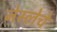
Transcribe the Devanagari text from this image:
नेस्लेचे